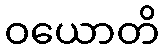
ဝယောတိ